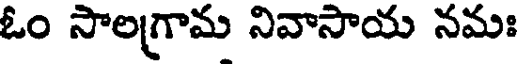
ఓం సాలగ్రామ నివాసాయ నమః